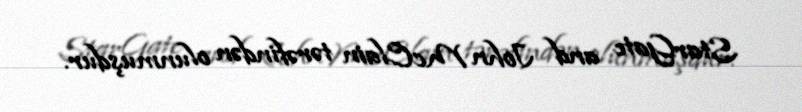
StarGate and John McClain tərəfindən olunmuşdur.